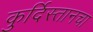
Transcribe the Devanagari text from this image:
कुर्दिस्तानचा